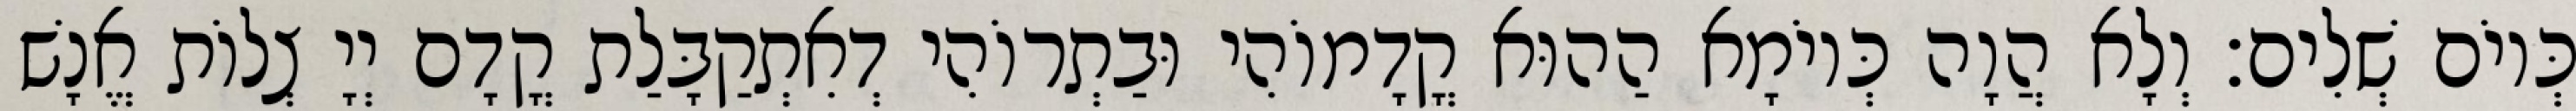
כְּיוֹם שְׁלִים׃ וְלָא הֲוָה כְּיוֹמָא הַהוּא קֳדָמוֹהִי וּבַתְרוֹהִי דְאִתְקַבָּלַת קֳדָם יְיָ צְלוֹת אֱנָשׁ